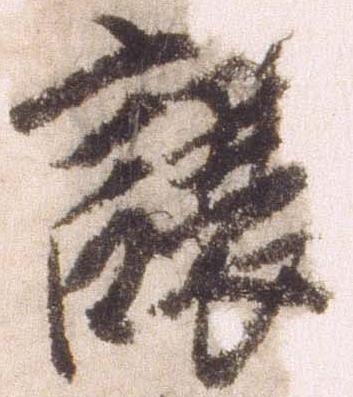
譲